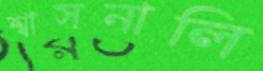
শ্বাসনালি